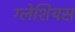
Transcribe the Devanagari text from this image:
ग्लेशियस